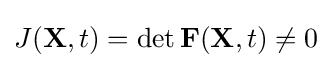
J(\mathbf {X} ,t)=\det \mathbf {F} (\mathbf {X} ,t)\neq 0